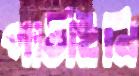
পাঠাইনি